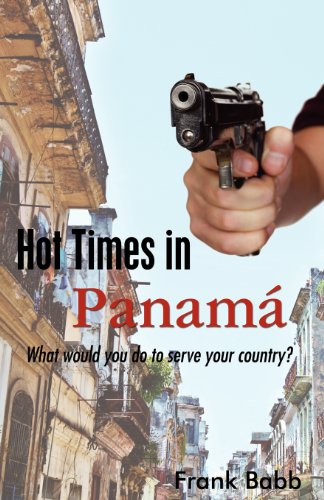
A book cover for Hot Times in Panama: What would you do to serve your country?; Frank Babb; Travel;